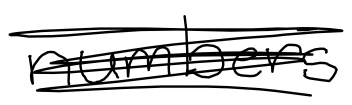
Text: numbers
Cross-out: scratch
Writing tool: digital_black